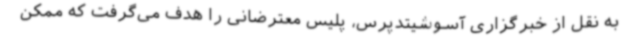
به نقل از خبرگزاری آسوشیتدپرس، پلیس معترضانی را هدف می‌گرفت که ممکن